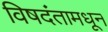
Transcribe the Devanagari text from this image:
विषदंतामधून